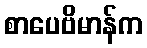
စာပေဗိမာန်က